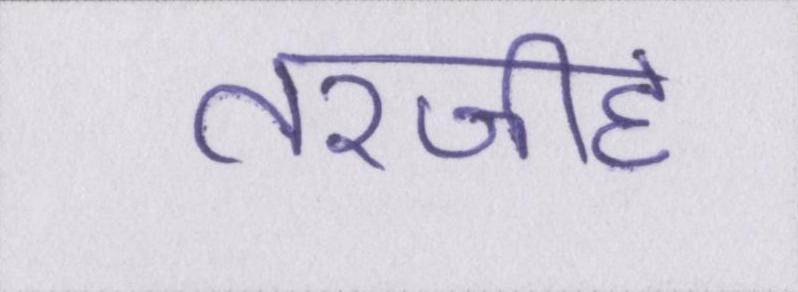
तरजीह